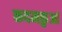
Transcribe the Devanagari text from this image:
कदमकुआं